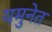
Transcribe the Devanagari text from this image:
यमुनेत